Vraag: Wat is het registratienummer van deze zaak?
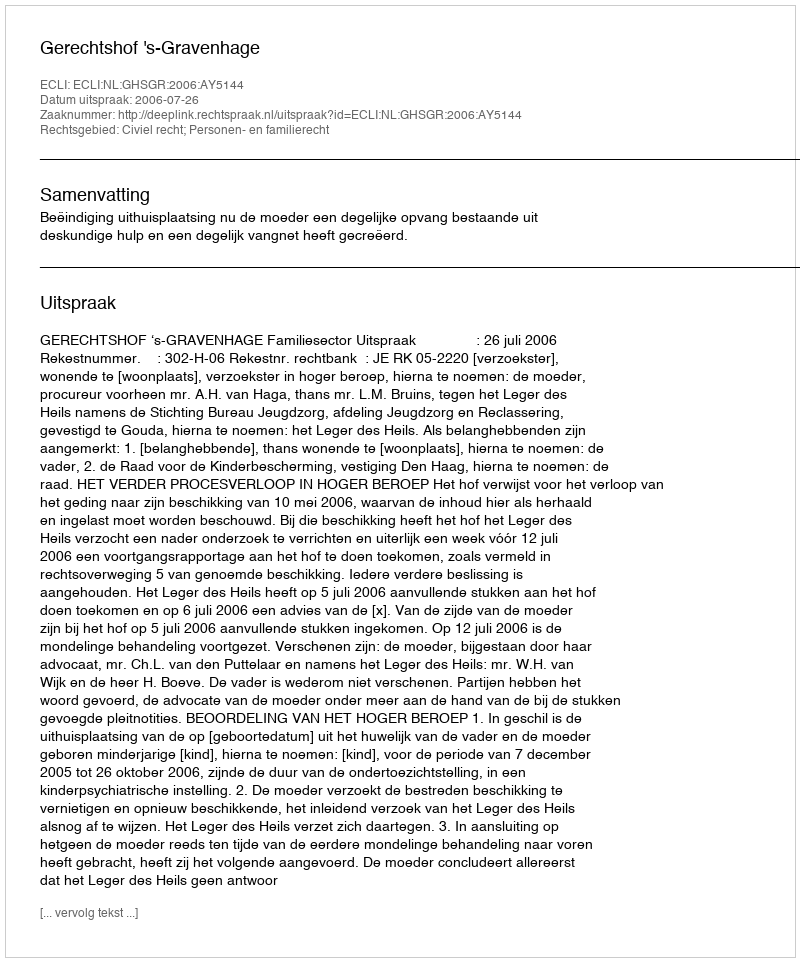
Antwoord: http://deeplink.rechtspraak.nl/uitspraak?id=ECLI:NL:GHSGR:2006:AY5144